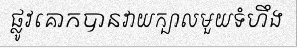
ផ្លូវគោកបានវាយក្បាលមួយទំហឹង